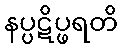
နပ္ပဋိပ္ဖရတိ